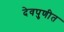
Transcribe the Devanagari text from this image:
देवपुणीत